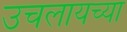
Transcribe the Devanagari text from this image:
उचलायच्या